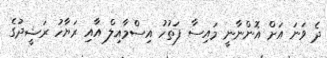
ދެ ވަނަ އަށް އޮންނާނީ މައިސާ ފަތުހު އިސްމާއިލް އާއި ރަޔާހު ރަޝީދުގެ